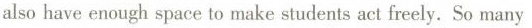
also have enough space to make students act freely.So many